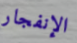
الإنفجار